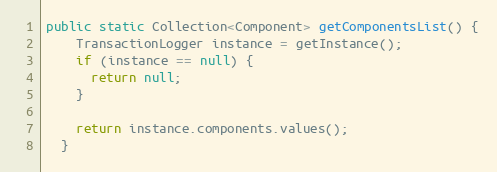
Language: Java
public static Collection<Component> getComponentsList() {
    TransactionLogger instance = getInstance();
    if (instance == null) {
      return null;
    }

    return instance.components.values();
  }